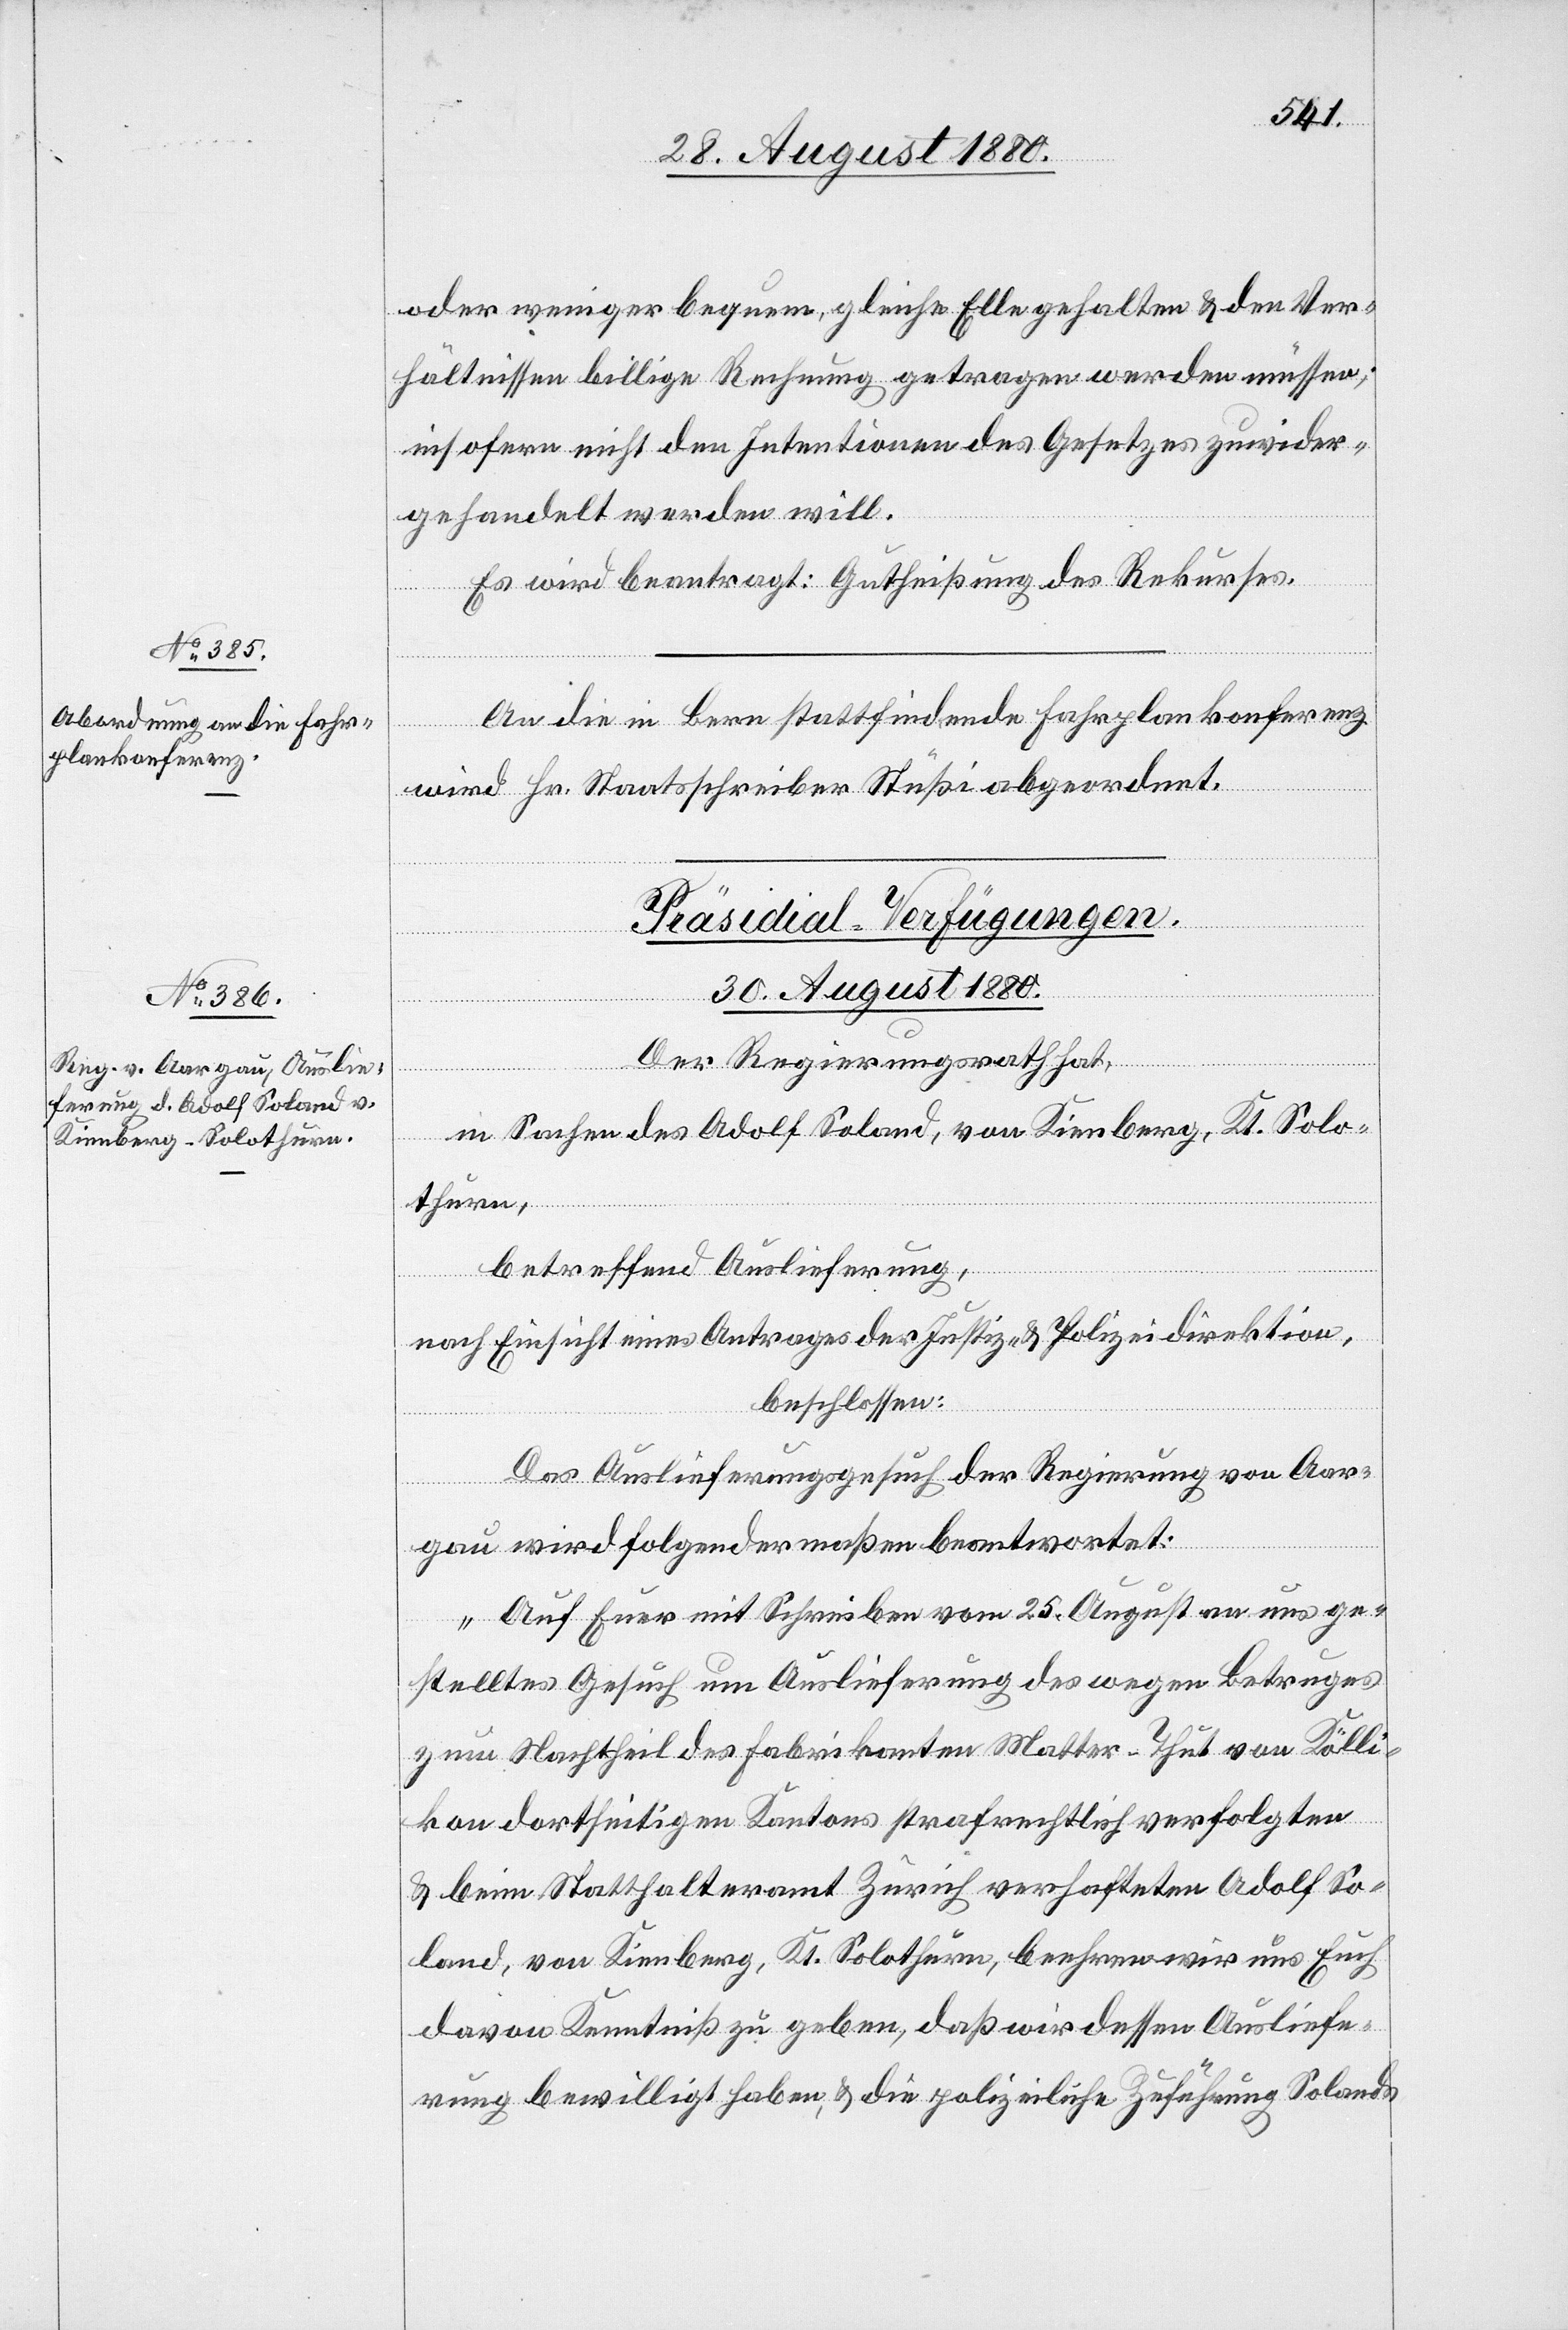
oder weniger bequem, gleiche Elle gehalten & den Ver¬
hältnissen billige Rechnung getragen werden müssen;
insofern nicht den Intentionen des Gesetzes zuwider¬
gehandelt werden will.
Es wird beantragt: Gutheißung des Rekurses.
An die in Bern stattfindende Fahrplankonferenz
wird Hr. Staatsschreiber Stüßi abgeordnet.
Präsidial-Verfügungen.
30. August 1880.
Der Regierungsrath hat,
in Sachen des Adolf Soland, von Kienberg, Kt. Solo¬
thurn,
betreffend Auslieferung,
nach Einsicht eines Antrages der Justiz- & Polizeidirektion
beschlossen:
Das Auslieferungsgesuch der Regierung von Aar¬
gau wird folgendermaßen beantwortet:
„Auf Euer mit Schreiben vom 25. August an uns ge¬
stelltes Gesuch um Auslieferung des wegen Betruges
zum Nachtheil des Fabrikanten Walter-Thut von Kölli¬
kon dortseitigen Kantons strafrechtlich verfolgten
& beim Statthalteramt Zürich verhafteten Adolf So¬
land, von Kienberg, Kt. Solothurn, beehren wir uns Euch
davon Kenntniß zu geben, daß wir dessen Ausliefe¬
rung bewilligt haben, & die polizeiliche Zuführung Solands